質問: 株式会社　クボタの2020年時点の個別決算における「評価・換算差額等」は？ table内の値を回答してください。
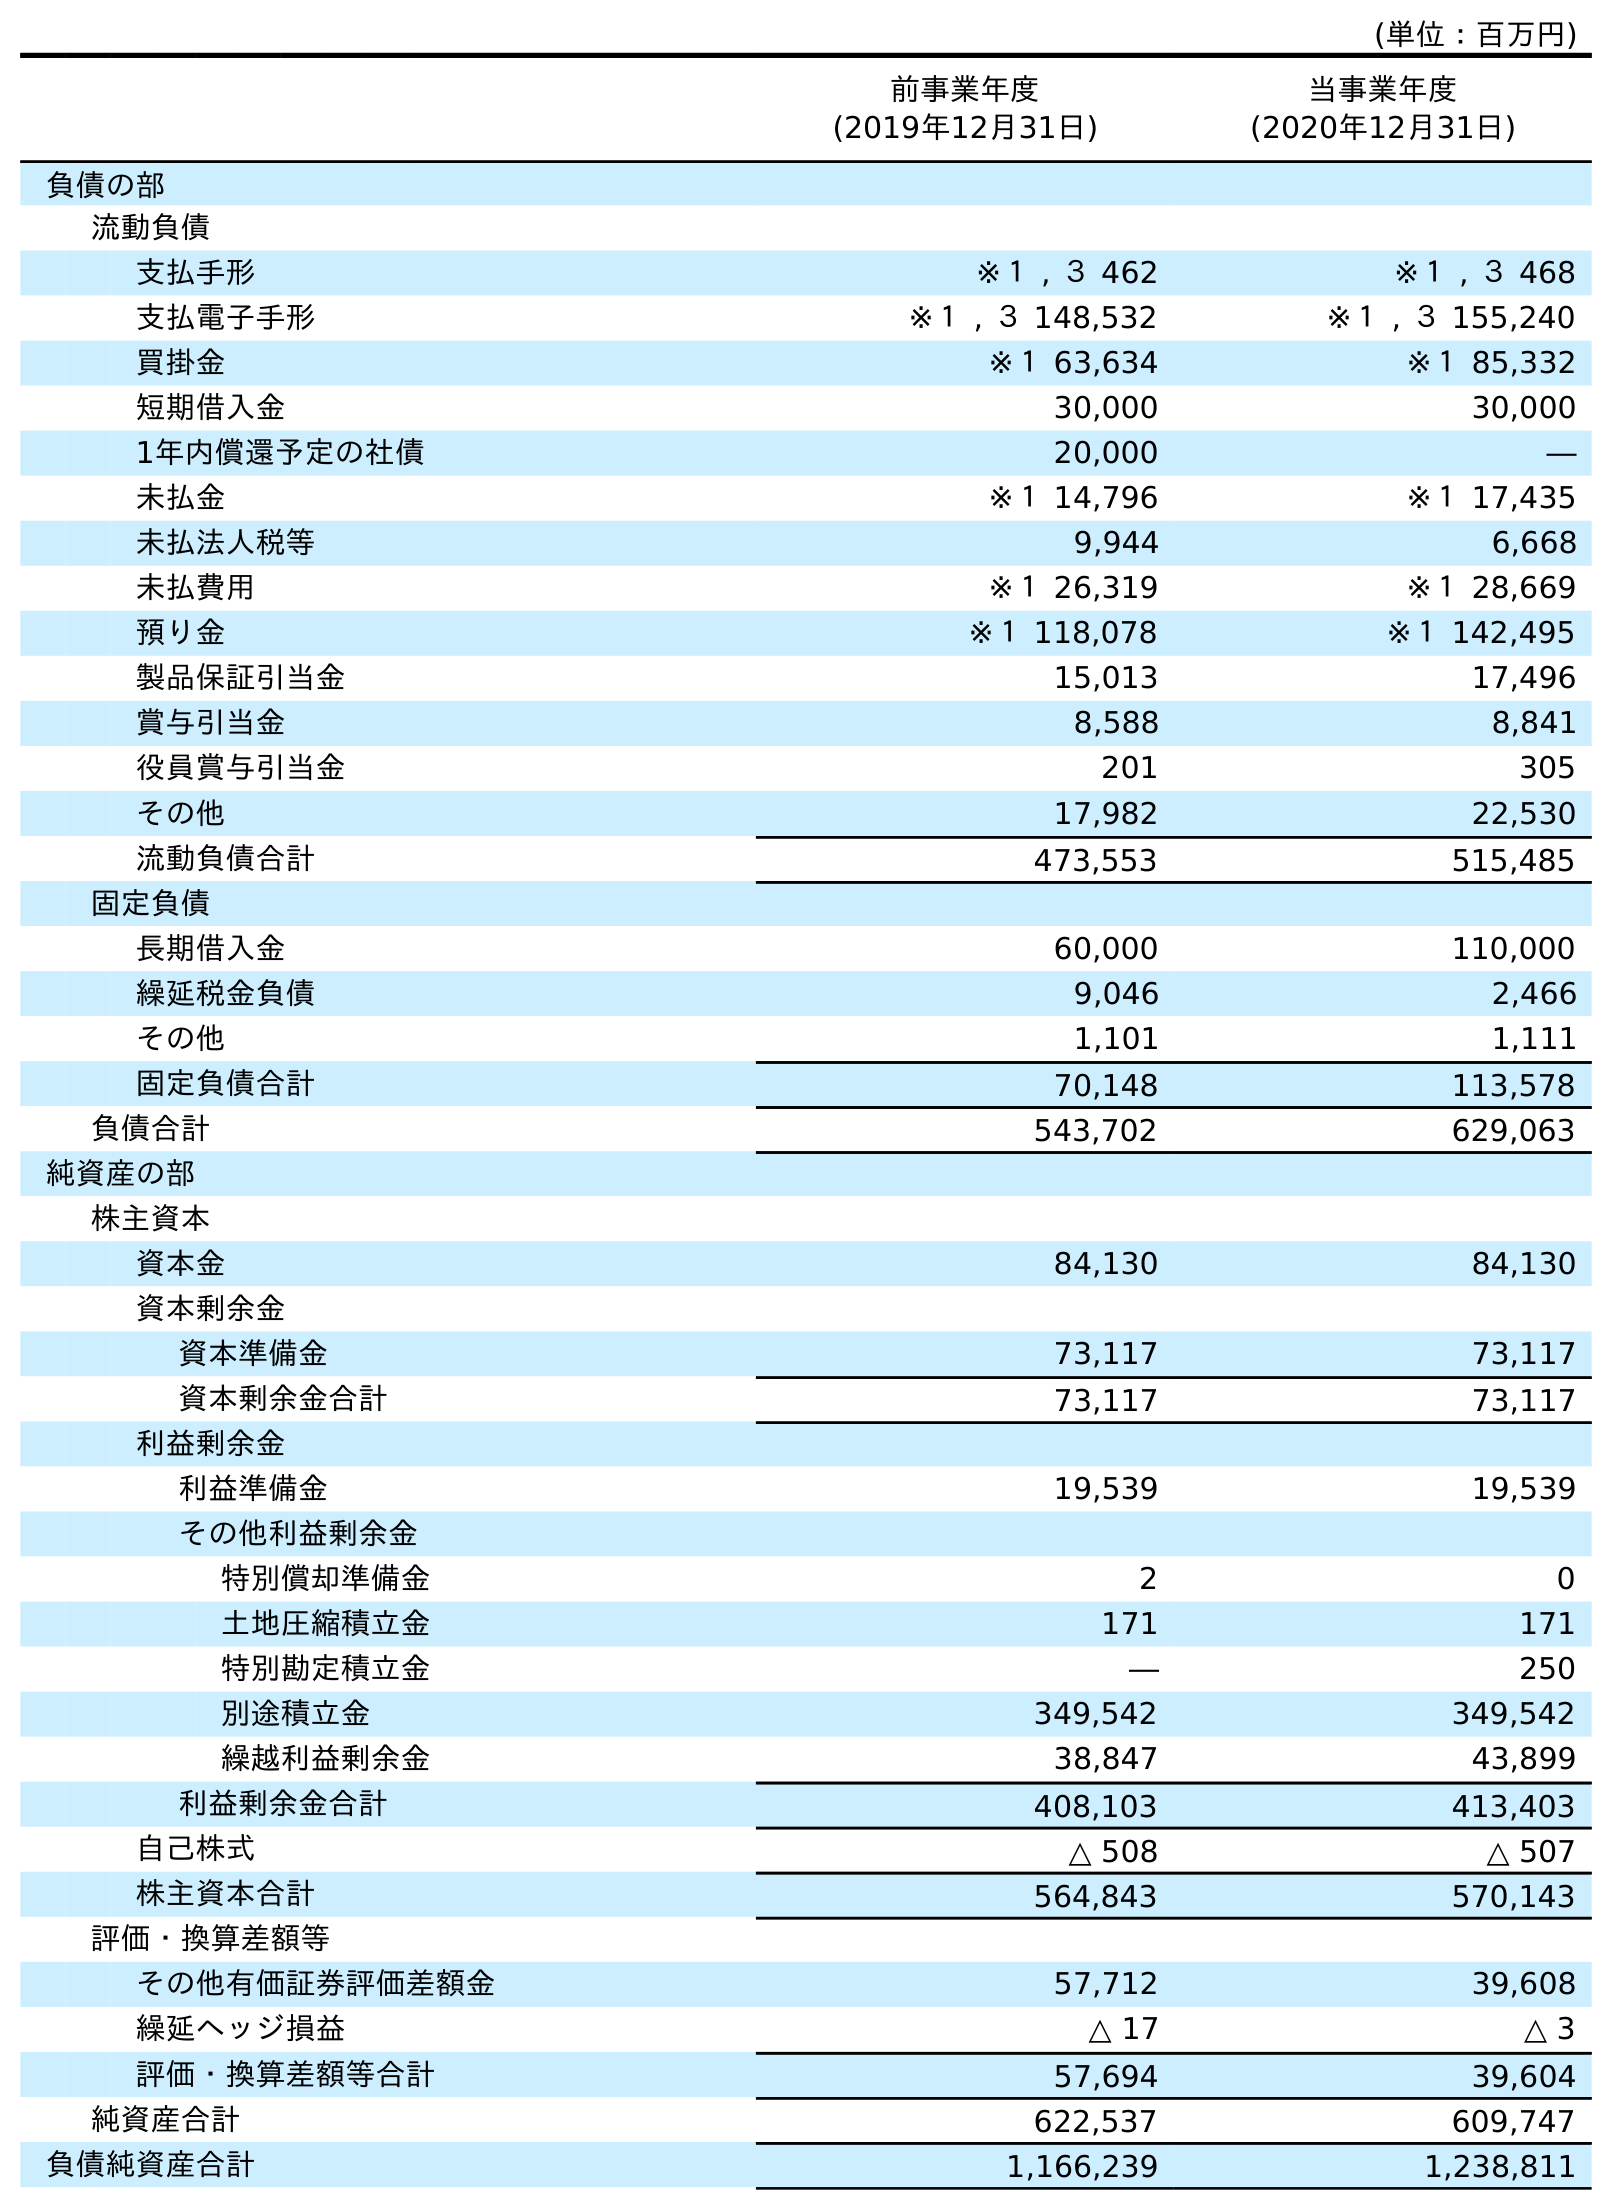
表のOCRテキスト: (単位：百万円) 前事業年度 (2019年12月31日) 当事業年度 (2020年12月31日) 負債の部 流動負債 支払手形 ※１ , ３ 462 ※１ , ３ 468 支払電子手形 ※１ , ３ 148,532 ※１ , ３ 155,240 買掛金 ※１ 63,634 ※１ 85,332 短期借入金 30,000 30,000 1年内償還予定の社債 20,000 ― 未払金 ※１ 14,796 ※１ 17,435 未払法人税等 9,944 6,668 未払費用 ※１ 26,319 ※１ 28,669 預り金 ※１ 118,078 ※１ 142,495 製品保証引当金 15,013 17,496 賞与引当金 8,588 8,841 役員賞与引当金 201 305 その他 17,982 22,530 流動負債合計 473,553 515,485 固定負債 長期借入金 60,000 110,000 繰延税金負債 9,046 2,466 その他 1,101 1,111 固定負債合計 70,148 113,578 負債合計 543,702 629,063 純資産の部 株主資本 資本金 84,130 84,130 資本剰余金 資本準備金 73,117 73,117 資本剰余金合計 73,117 73,117 利益剰余金 利益準備金 19,539 19,539 その他利益剰余金 特別償却準備金 2 0 土地圧縮積立金 171 171 特別勘定積立金 ― 250 別途積立金 349,542 349,542 繰越利益剰余金 38,847 43,899 利益剰余金合計 408,103 413,403 自己株式 △ 508 △ 507 株主資本合計 564,843 570,143 評価・換算差額等 その他有価証券評価差額金 57,712 39,608 繰延ヘッジ損益 △ 17 △ 3 評価・換算差額等合計 57,694 39,604 純資産合計 622,537 609,747 負債純資産合計 1,166,239 1,238,811
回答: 39,604